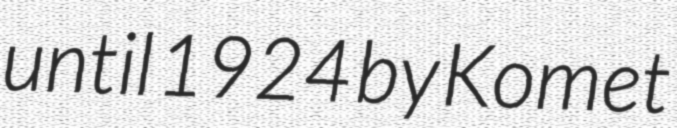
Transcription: until 1924 by Komet